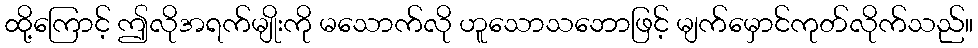
ထို့ကြောင့် ဤလိုအရက်မျိုးကို မသောက်လို ဟူသောသဘောဖြင့် မျက်မှောင်ကုတ်လိုက်သည်။